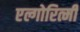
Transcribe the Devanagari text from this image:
एल्गोरित्मी